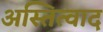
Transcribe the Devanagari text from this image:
अस्तित्वाद